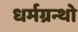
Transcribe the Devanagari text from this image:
धर्मग्रन्थो